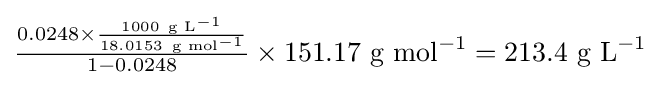
{\textstyle {\frac {0.0248\times {\frac {1000~{\text{g L}}^{-1}}{18.0153~{\text{g mol}}^{-1}}}}{1-0.0248}}\times 151.17~{\text{g mol}}^{-1}=213.4~{\text{g L}}^{-1}}